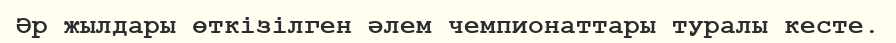
Әр жылдары өткізілген әлем чемпионаттары туралы кесте.